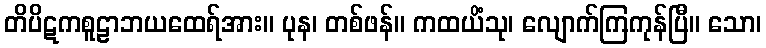
တိပိဋကစူဠာဘယထေရ်အား။ ပုန၊ တစ်ဖန်။ ကထယိံသု၊ လျောက်ကြကုန်ပြီ။ သော၊